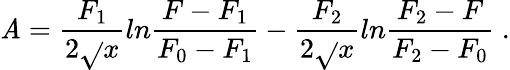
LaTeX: \mathit{A}=\frac{{F_{1}}}{{2\sqrt{}{{x}}}}ln\frac{{F-F_{1}}}{{F_{0}-F_{1}}}-\frac{{F_{2}}}{{2\sqrt{}{{x}}}}ln\frac{{F_{2}-F}}{{F_{2}-F_{0}}}\; .